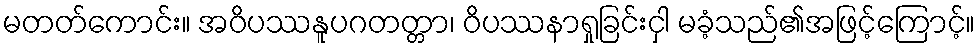
မတတ်ကောင်း။ အဝိပဿနူပဂတတ္တာ၊ ဝိပဿနာရှုခြင်းငှါ မခံ့သည်၏အဖြင့်ကြောင့်။